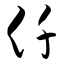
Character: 仟